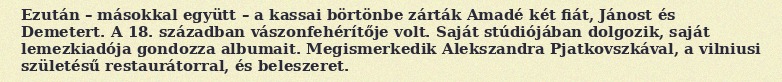
Ezután – másokkal együtt – a kassai börtönbe zárták Amadé két fiát, Jánost és Demetert. A 18. században vászonfehérítője volt. Saját stúdiójában dolgozik, saját lemezkiadója gondozza albumait. Megismerkedik Alekszandra Pjatkovszkával, a vilniusi születésű restaurátorral, és beleszeret.